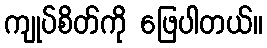
ကျုပ်စိတ်ကို ဖြေပါတယ်။